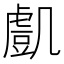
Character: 𧇔